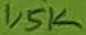
Text: 1,5K